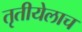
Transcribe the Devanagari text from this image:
तृतीयेलाच